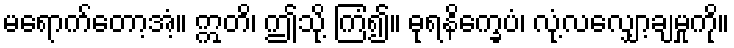
မရောက်တော့အံ့။ ဣတိ၊ ဤသို့ ကြံ၍။ ဓုရနိက္ခေပံ၊ လုံ့လလျှော့ချမှုကို။